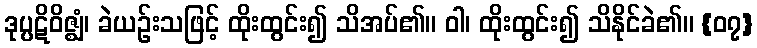
ဒုပ္ပဋိဝိဇ္ဈံ၊ ခဲယဉ်းသဖြင့် ထိုးထွင်း၍ သိအပ်၏။ ဝါ၊ ထိုးထွင်း၍ သိနိုင်ခဲ၏။ {၀၇}